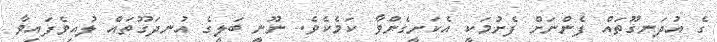
ގެ އުދަނގޫތައް ފެންނަށް ފެށުމަކީ އެކަށީގެންވާ ކަމެކެވެ. ނޫނީ ބަލީގެ އުނދަގޫތައް ލުއިވެފައިވާ